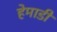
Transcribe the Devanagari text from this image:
हेमाडी